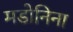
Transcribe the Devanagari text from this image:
मडोनिना